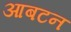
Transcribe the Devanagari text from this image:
आबटन